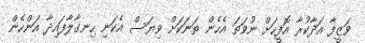
ވަޒީފާ އަދާކުރާ އޮފީހަށް ނުވަތަ އެހެން ތަނަކަށް ވިޔަސް އެކަނި ހިނގާލާފައިދާ އަންހެން